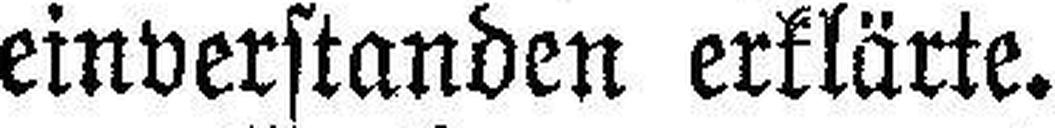
einverstanden erklärte.